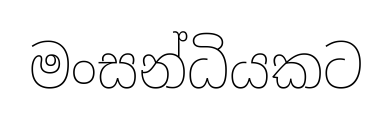
මංසන්ධියකට